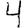
Digit: 4